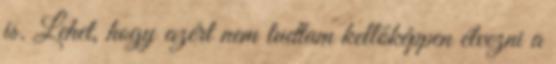
is. Lehet, hogy azért nem tudtam kellőképpen élvezni a